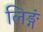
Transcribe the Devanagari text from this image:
लिङ्गं